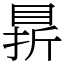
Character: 䁀